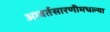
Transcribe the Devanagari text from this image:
आवर्तसारणीमधल्या